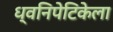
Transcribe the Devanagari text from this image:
ध्वनिपेटिकेला